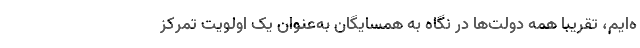
ه‌ایم، تقریبا همه دولت‌ها در نگاه به همسایگان به‌عنوان یک اولویت تمرکز